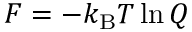
F = - k _ { \mathrm { B } } T \ln Q